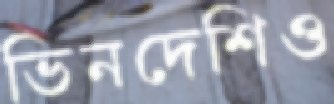
ভিনদেশিও